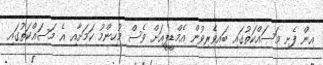
އިން ފެށި މަސައްކަތުގައި ބައިވެރިވުން އެމްޑީޕީއަށް ވެސް މުހިންމު ކަމަށާއި އެ މަސައްކަތުގައި